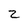
Character: 2